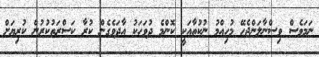
ނަމަވެސް ވިސްނާލަންޖެހޭ މުހިއްމު ނުކުތާއަކީ ކޮންމެ ދުވަހަކު އާދަވެގެން ކުރާ ކަސްރަތުކުރުން ކުރިޔަށް